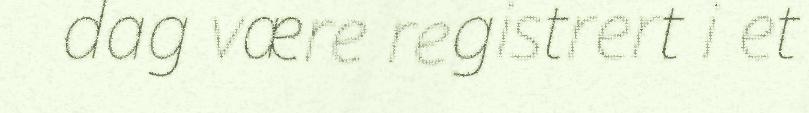
dag være registrert i et